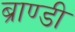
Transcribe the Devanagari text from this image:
ब्राण्डी